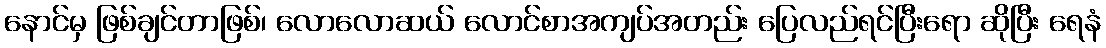
နောင်မှ ဖြစ်ချင်တာဖြစ်၊ လောလောဆယ် လောင်စာအကျပ်အတည်း ပြေလည်ရင်ပြီးရော ဆိုပြီး ရေနံ